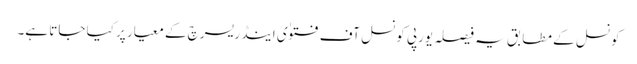
کونسل کے مطابق یہ فیصلہ یورپی کونسل آف فتوٰی اینڈ ریسرچ کے معیار پر کیا جاتا ہے۔